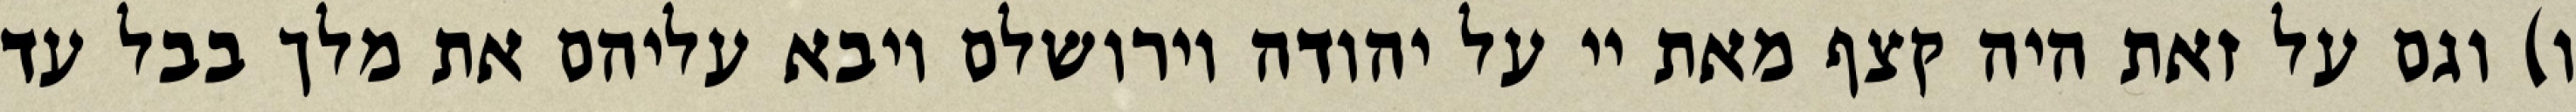
ו) וגם על זאת היה קצף מאת יי על יהודה וירושלם ויבא עליהם את מלך בבל עד